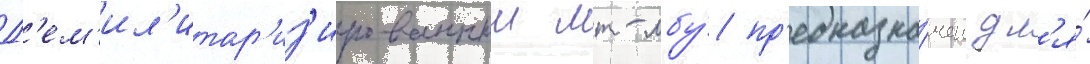
Д'ем'ил'итар'из'ированныи мт-лбу́ пр'едназна́чен дл'я́